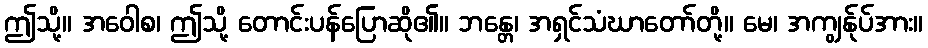
ဤသို့။ အဝေါစ၊ ဤသို့ တောင်းပန်ပြောဆို၏။ ဘန္တေ၊ အရှင်သံဃာတော်တို့။ မေ၊ အကျွန်ုပ်အား။